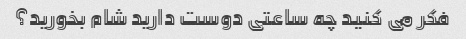
فکر می کنید چه ساعتی دوست دارید شام بخورید؟